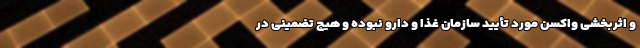
و اثربخشی واکسن مورد تأیید سازمان غذا و دارو نبوده و هیچ تضمینی در